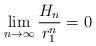
LaTeX: \begin{align*}\lim_{n \to \infty} \frac{H_n}{r_1^n} = 0\end{align*}